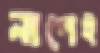
নাপেই